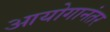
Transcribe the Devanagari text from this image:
आयोगानंतर